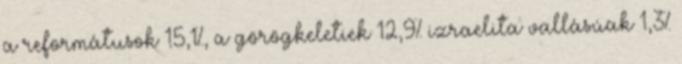
a reformátusok 15,1%, a görögkeletiek 12,9% izraelita vallásúak 1,3%